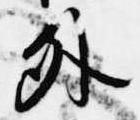
外